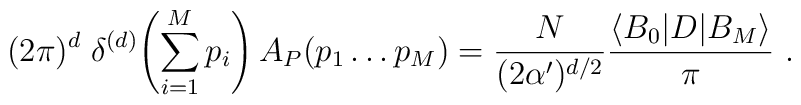
(2 \pi)^d \; \delta^{(d)} \! \left( \sum_{i=1}^{M} p_i\right) A_P (p_1  \dots p_M ) = \frac{N}{(2 \alpha ')^{d/2}} \frac{ \langle  B_0 | D |    B_M \rangle}{\pi}~.